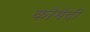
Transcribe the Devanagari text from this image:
कोमेदी